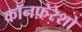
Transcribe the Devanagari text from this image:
कॉनफ़ेरेशो